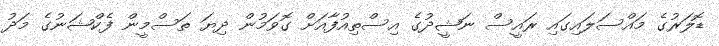
ޑޮލަރުގެ މައްސަލައިގައި ރައީސް ނަޝީދުގެ އިސްތިއުފާއަށް ގޮވަމުން ދިޔަ ތަސްމީން ފެކްޝަނުގެ މަދު